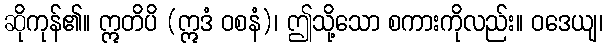
ဆိုကုန်၏။ ဣတိပိ (ဣဒံ ဝစနံ)၊ ဤသို့သော စကားကိုလည်း။ ဝဒေယျ၊